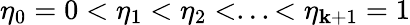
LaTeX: \eta_{0}=0<\eta_{1}<\eta_{2}<...<\eta_{\mathbf{k}+1}=1